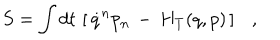
S = \int d t \, \left[ \, \dot { q } ^ { n } p _ { n } \, - \, H _ { T } ( q , p ) \, \right] \ \ \ ,